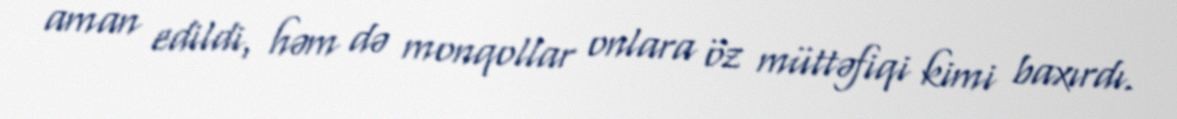
aman edildi, həm də monqollar onlara öz müttəfiqi kimi baxırdı.